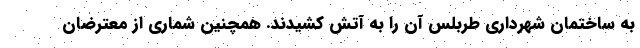
به ساختمان شهرداری طربلس آن را به آتش کشیدند. همچنین شماری از معترضان